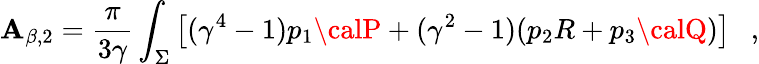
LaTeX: \mathbf{A}_{\beta,2}={\frac{{\pi}}{{3\gamma}}}\int_{\Sigma}\left[(\gamma^{4}-1)p_{1}{\calP}+(\gamma^{2}-1)(p_{2}R+p_{3}{\calQ})\right]~~~,